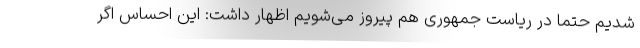
شدیم حتما در ریاست جمهوری هم پیروز می‌شویم اظهار داشت: این احساس اگر